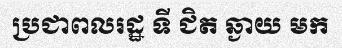
ប្រជាពលរដ្ឋ ទី ជិត ឆ្ងាយ មក